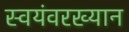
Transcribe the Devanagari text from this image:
स्वयंवरख्यान